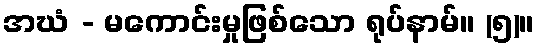
အဃံ - မကောင်းမှုဖြစ်သော ရုပ်နာမ်။ (၅)။